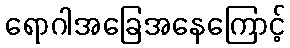
ရောဂါအခြေအနေကြောင့်